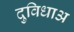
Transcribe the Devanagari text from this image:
दुविधाअ